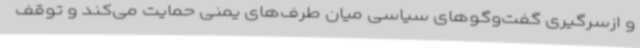
و ازسرگیری گفت‌وگوهای سیاسی میان طرف‌های یمنی حمایت می‌کند و توقف